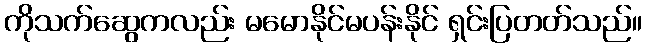
ကိုသက်ဆွေကလည်း မမောနိုင်မပန်းနိုင် ရှင်းပြတတ်သည်။